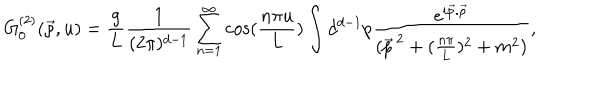
G _ { 0 } ^ { ( 2 ) } ( \vec { \rho } , u ) = \frac { g } { L } \frac { 1 } { ( 2 \pi ) ^ { d - 1 } } \sum _ { n = 1 } ^ { \infty } \cos ( \frac { n \pi u } { L } ) \int d ^ { d - 1 } p \frac { e ^ { i \vec { p } . \vec { \rho } } } { ( \vec { p } ^ { \, 2 } + ( \frac { n \pi } { L } ) ^ { 2 } + m ^ { 2 } ) } ,